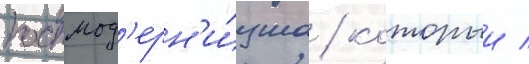
постмод'ерн'и́зма / которыи /